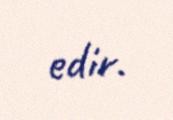
edir.